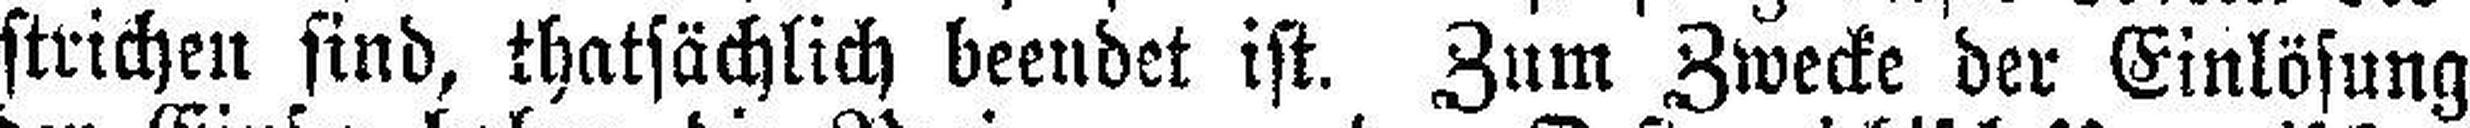
strichen sind, thatsächlich beendet ist. Zum Zwecke der Einlösung